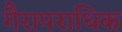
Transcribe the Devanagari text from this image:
गैरापराधिक